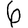
Digit: 6